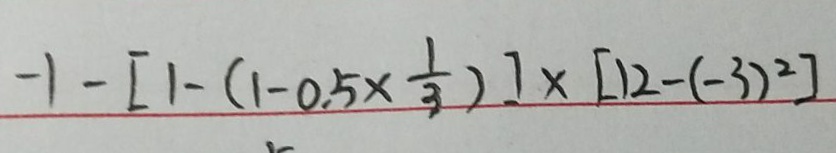
- 1 - [ 1 - ( 1 - 0 . 5 \times \frac { 1 } { 3 } ) ] \times [ 1 2 - ( - 3 ) ^ { 2 } ]